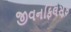
જીવનફિલસૂફ